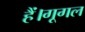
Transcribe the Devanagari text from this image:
हैं।गूगल